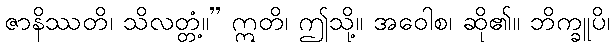
ဇာနိဿတိ၊ သိလတ္တံ့။” ဣတိ၊ ဤသို့။ အဝေါစ၊ ဆို၏။ ဘိက္ခူပိ၊